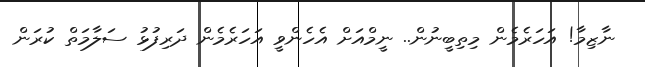
ނާޒިމާ! އަހަރެމެން މިތިބީނުން.. ނީމްއަށް އެހެންވީ އަހަރެމެން ދަރިފުޅު ސަލާމަތް ކުރަން